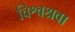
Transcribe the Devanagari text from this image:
विश्वश्रवा